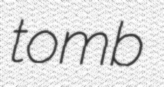
tomb